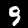
Label: 9